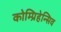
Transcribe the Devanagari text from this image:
कोम्प्रिहेन्सिव